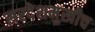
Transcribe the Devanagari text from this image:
सरदेशमुखीच